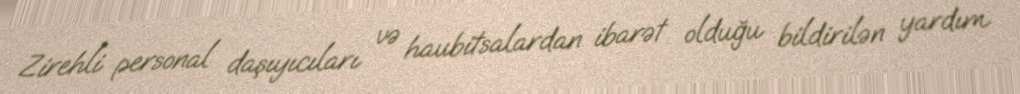
Zirehli personal daşıyıcıları və haubitsalardan ibarət olduğu bildirilən yardım